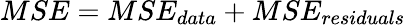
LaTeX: MSE=MSE_{{data}}+MSE_{{residuals}}